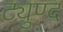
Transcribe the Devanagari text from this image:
ट्युण्द